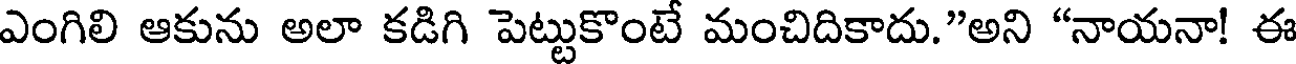
ఎంగిలి ఆకును అలా కడిగి పెట్టుకొంటే మంచిదికాదు."అని "నాయనా! ఈ